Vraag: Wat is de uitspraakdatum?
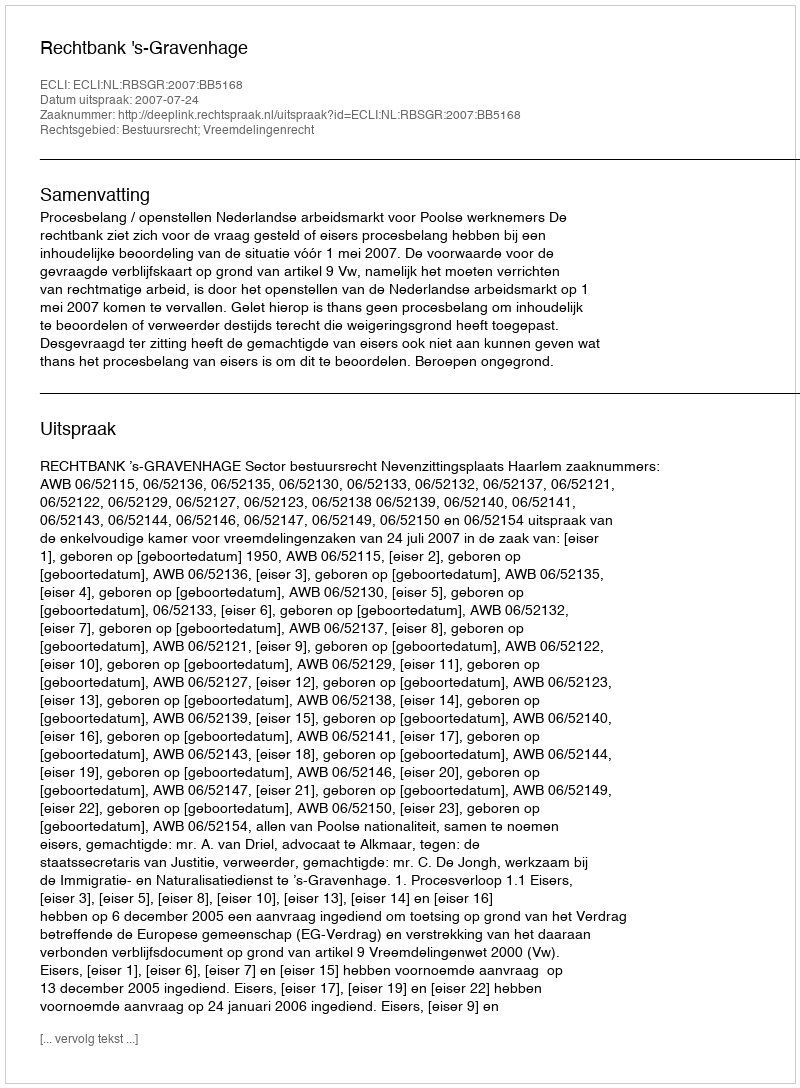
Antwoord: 2007-07-24